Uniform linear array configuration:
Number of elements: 32
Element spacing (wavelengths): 0.5
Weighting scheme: exponential
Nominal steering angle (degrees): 15
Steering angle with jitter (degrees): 16.473
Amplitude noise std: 0.05
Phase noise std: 0.05

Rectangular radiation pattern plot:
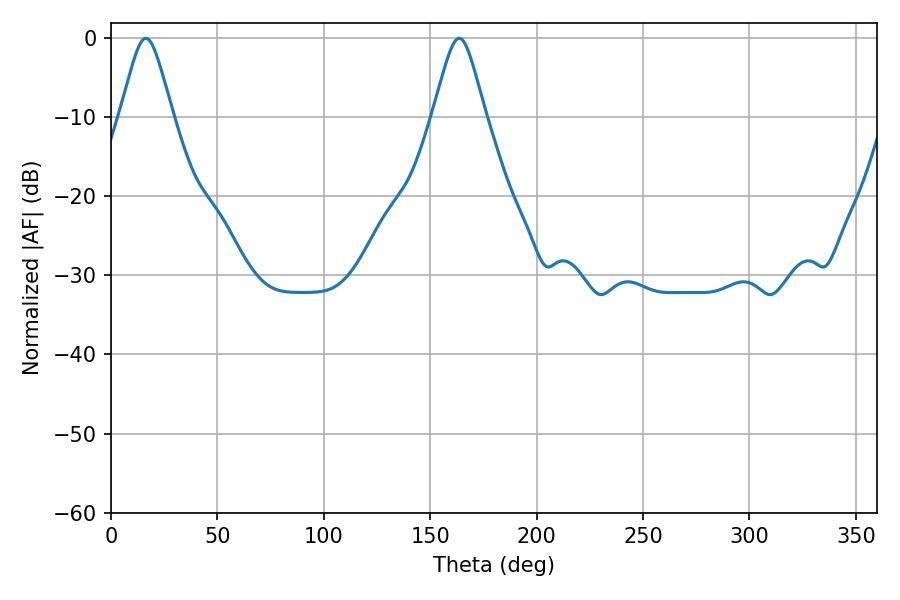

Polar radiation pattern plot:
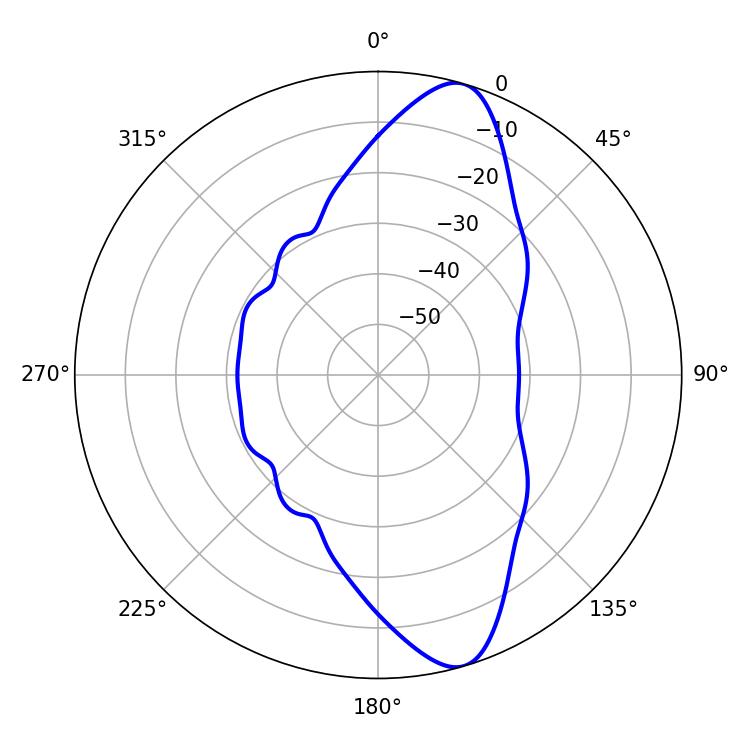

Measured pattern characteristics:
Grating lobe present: FALSE
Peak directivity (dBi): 11.459
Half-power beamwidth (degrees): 11.88
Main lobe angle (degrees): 16.38